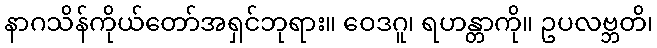
နာဂသိန်ကိုယ်တော်အရှင်ဘုရား။ ဝေဒဂူ၊ ရဟန္တာကို။ ဥပလဗ္ဘတိ၊